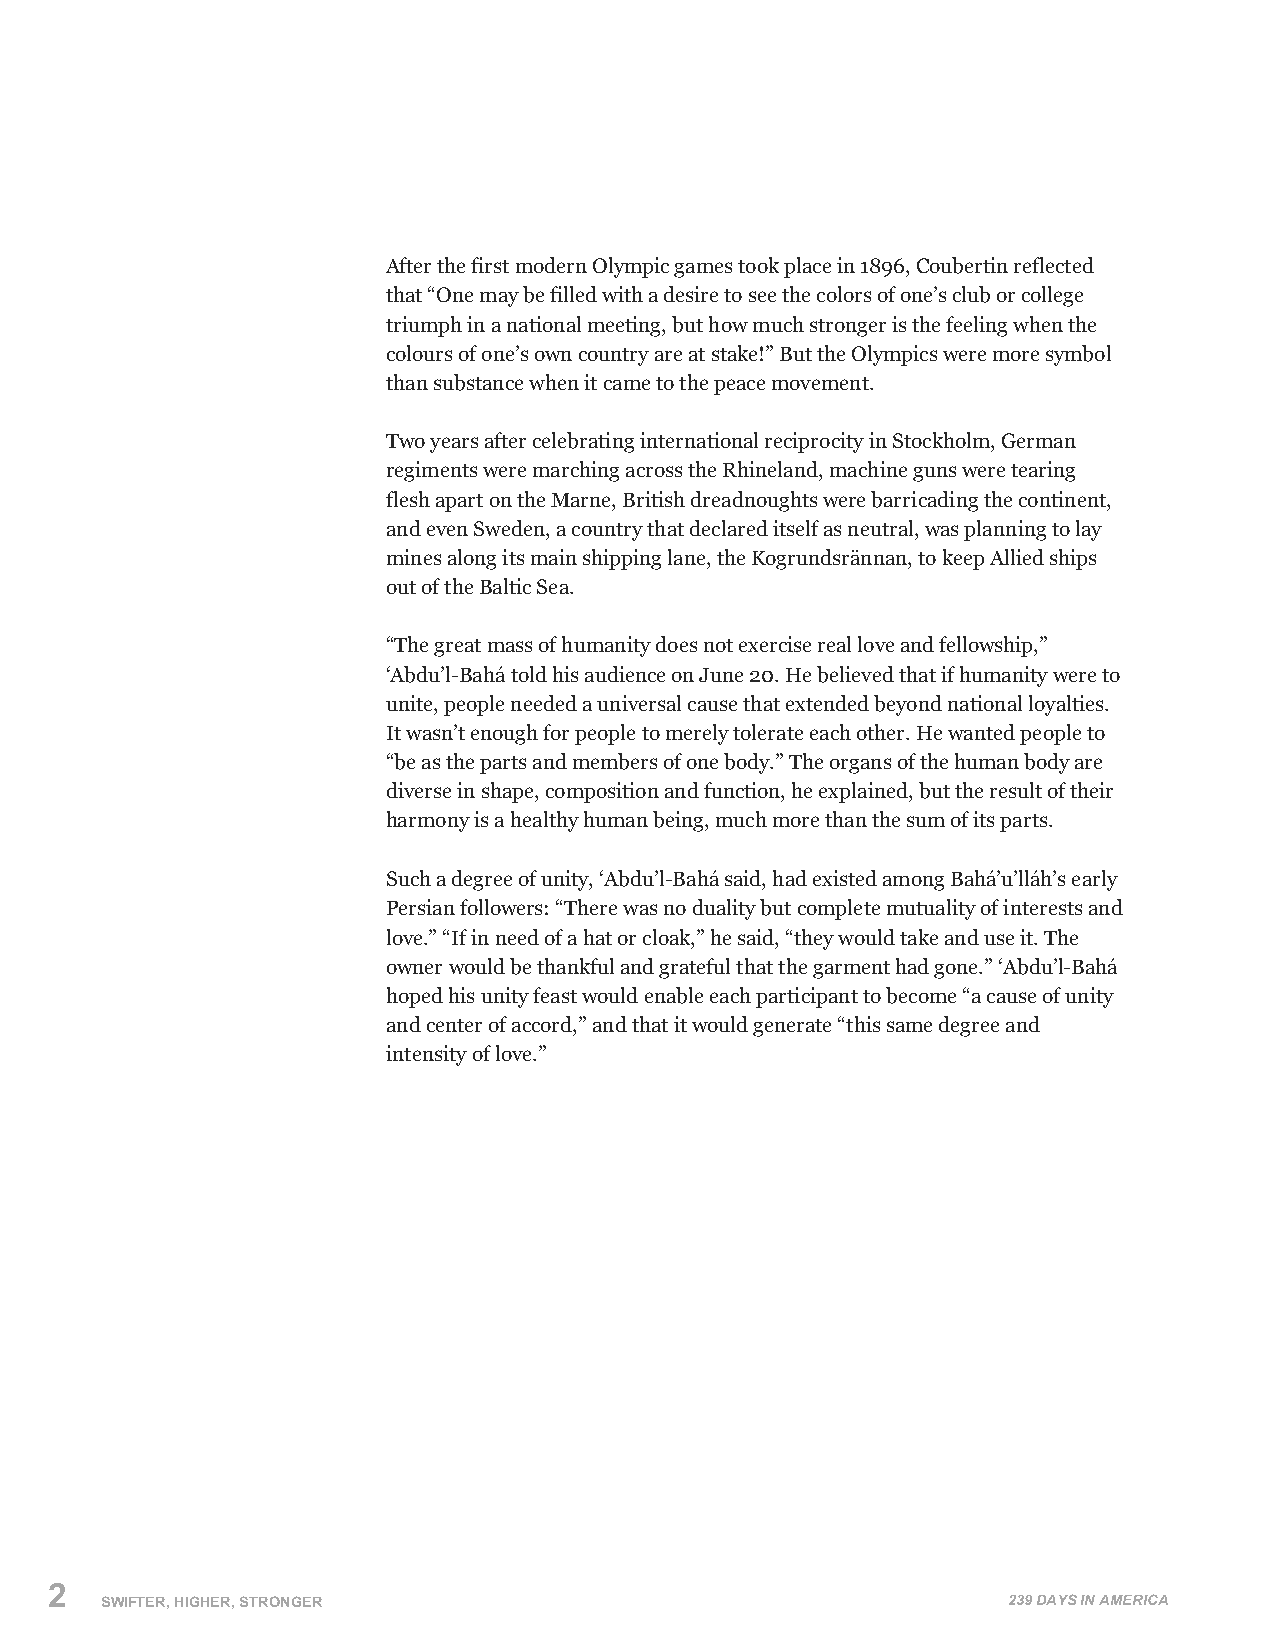
After the first modern Olympic games took place in 1896, Coubertin reflected
 that “One may be filled with a desire to see the colors of one’s club or college
 triumph in a national meeting, but how much stronger is the feeling when the
 colours of one’s own country are at stake!” But the Olympics were more symbol
 than substance when it came to the peace movement.
 Two years after celebrating international reciprocity in Stockholm, German
 regiments were marching across the Rhineland, machine guns were tearing
 flesh apart on the Marne, British dreadnoughts were barricading the continent,
 and even Sweden, a country that declared itself as neutral, was planning to lay
 mines along its main shipping lane, the Kogrundsrännan, to keep Allied ships
 out of the Baltic Sea.
 “The great mass of humanity does not exercise real love and fellowship,”
 ‘Abdu’l-Bahá told his audience on June 20. He believed that if humanity were to
 unite, people needed a universal cause that extended beyond national loyalties.
 It wasn’t enough for people to merely tolerate each other. He wanted people to
 “be as the parts and members of one body.” The organs of the human body are
 diverse in shape, composition and function, he explained, but the result of their
 harmony is a healthy human being, much more than the sum of its parts.
 Such a degree of unity, ‘Abdu’l-Bahá said, had existed among Bahá’u’lláh’s early
 Persian followers: “There was no duality but complete mutuality of interests and
 love.” “If in need of a hat or cloak,” he said, “they would take and use it. The
 owner would be thankful and grateful that the garment had gone.” ‘Abdu’l-Bahá
 hoped his unity feast would enable each participant to become “a cause of unity
 and center of accord,” and that it would generate “this same degree and
 intensity of love.”
 2
 SWIFTER, HIGHER, STRONGER                                   239 DAYS IN AMERICA